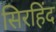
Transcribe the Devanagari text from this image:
सिरहिंद